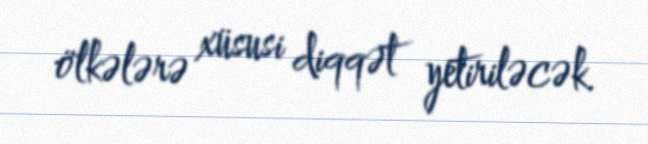
ölkələrə xüsusi diqqət yetiriləcək.